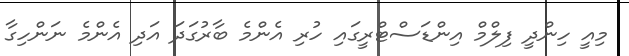
މިއީ ހިންދީ ފިލްމް އިންޑަސްޓްރީގައި ހުރި އެންމެ ބާރުގަދަ އަދި އެންމެ ނަންހިގާ